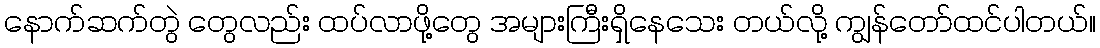
နောက်ဆက်တွဲ တွေလည်း ထပ်လာဖို့တွေ အများကြီးရှိနေသေး တယ်လို့ ကျွန်တော်ထင်ပါတယ်။